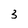
Character: 3